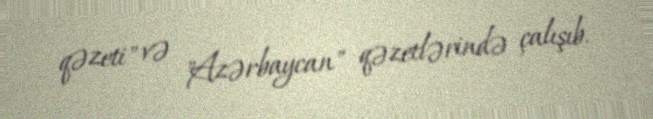
qəzeti" və "Azərbaycan" qəzetlərində çalışıb.